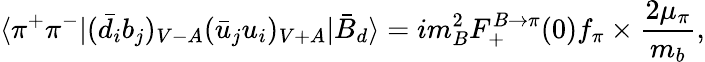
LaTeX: \langle\pi^{+}\pi^{-}|(\bar{d}_{i}b_{j})_{V-A}(\bar{u}_{j}u_{i})_{V+A}|\bar{B}_{d}\rangle=im_{B}^{2}F_{+}^{B\to\pi}(0)f_{\pi}\times\frac{2\mu_{\pi}}{m_{b}},